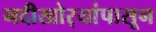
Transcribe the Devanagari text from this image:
नदीखोर्‍यांपासून